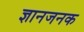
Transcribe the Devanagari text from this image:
ज्ञानजनक